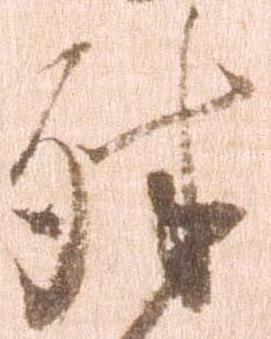
殊